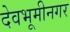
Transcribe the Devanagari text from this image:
देवभूमीनगर